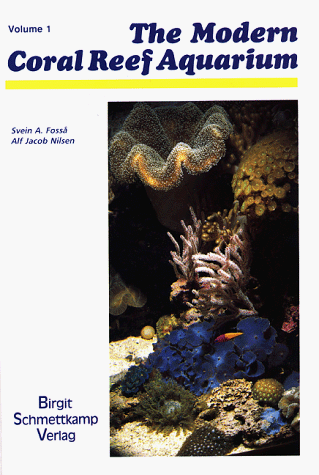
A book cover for The Modern Coral Reef Aquarium, Vol. 1; Svein A. Fossa; Crafts, Hobbies & Home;